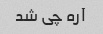
آره چی شد